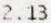
2.13